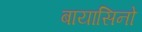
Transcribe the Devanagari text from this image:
बायासिनो